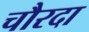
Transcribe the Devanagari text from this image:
चौरदा